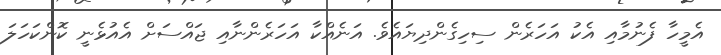
އެމީހާ ފެނުމާއި އެކު އަހަރެން ސިހިގެންދިޔައެވެ. އަނެއްކާ އަހަރެންނާއި ޖައްސަށް އެއުޅެނީ ކޮންކަހަލަ